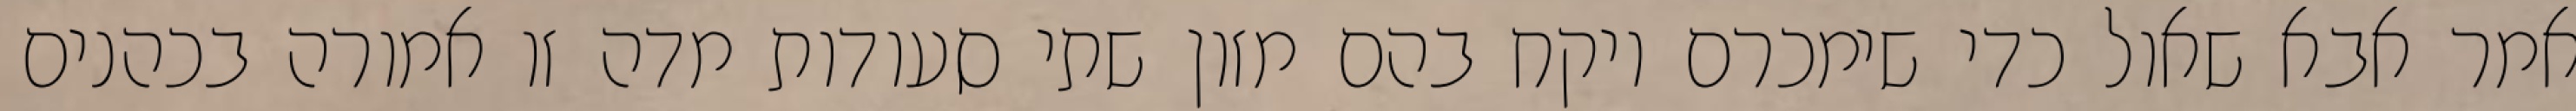
אמר אבא שאול כדי שימכרם ויקח בהם מזון שתי סעודות מדה זו אמורה בכהנים